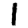
Digit: 1